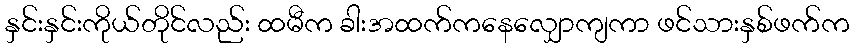
နှင်းနှင်းကိုယ်တိုင်လည်း ထမီက ခါးအထက်ကနေလျှောကျကာ ဖင်သားနှစ်ဖက်က